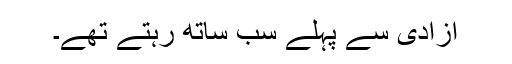
آزادی سے پہلے سب ساتھ رہتے تھے۔